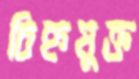
চিহ্নযুক্ত